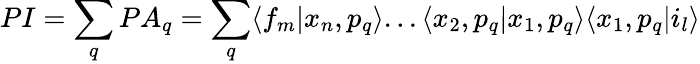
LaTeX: PI=\sum_{q}PA_{q}=\sum_{q}\langle f_{m}|x_{n},p_{q}\rangle...\langle x_{2},p_{q}|x_{1},p_{q}\rangle\langle x_{1},p_{q}|i_{l}\rangle